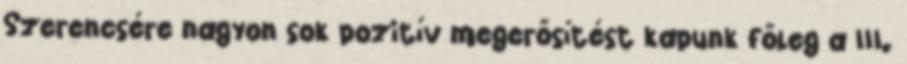
Szerencsére nagyon sok pozitív megerősítést kapunk főleg a III.